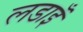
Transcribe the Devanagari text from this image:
लडाइँ